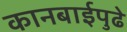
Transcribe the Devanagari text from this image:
कानबाईपुढे